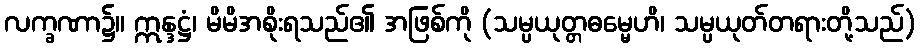
လက္ခဏာ၌။ ဣန္ဒဋ္ဌံ၊ မိမိအစိုးရသည်၏ အဖြစ်ကို (သမ္ပယုတ္တဓမ္မေဟိ၊ သမ္ပယုတ်တရားတို့သည်)